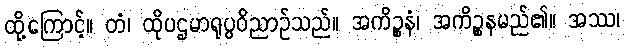
ထို့ကြောင့်။ တံ၊ ထိုပဌမာရုပ္ပဝိညာဉ်သည်။ အကိဉ္စနံ၊ အကိဉ္စနမည်၏။ အဿ၊